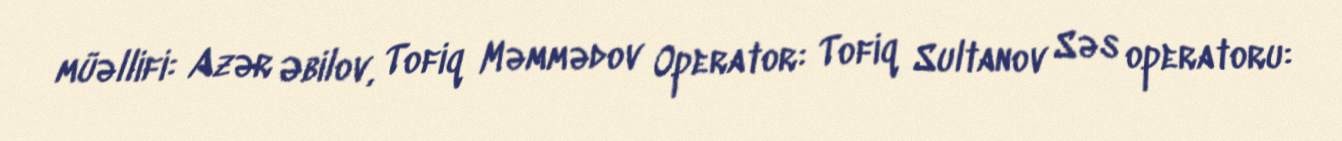
müəllifi: Azər Əbilov, Tofiq Məmmədov Operator: Tofiq Sultanov Səs operatoru: